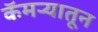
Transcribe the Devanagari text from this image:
कॅमऱ्यातून